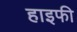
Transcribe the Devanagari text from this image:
हाइफी